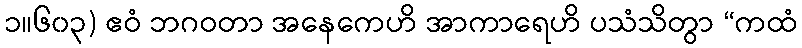
၁။၆၀၃) ဧဝံ ဘဂဝတာ အနေကေဟိ အာကာရေဟိ ပသံသိတွာ “ကထံ